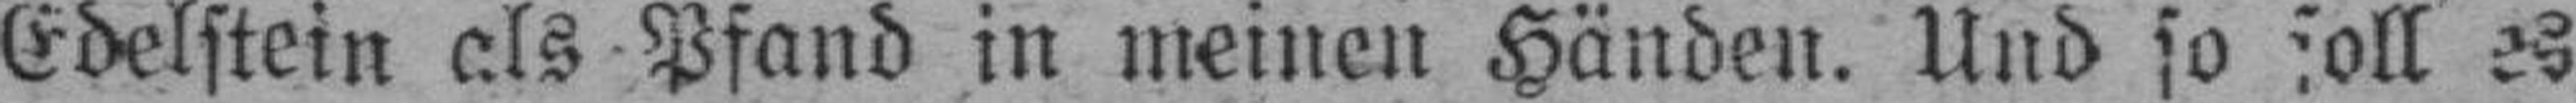
Edelstein als Pfand in meinen Händen. Und so soll es